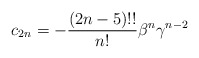
\begin{align*}c_{2n} = -\frac{(2n-5)!!}{n!} \beta^n \gamma^{n-2}\end{align*}